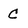
Character: C